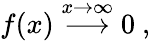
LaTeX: f(x)\stackrel{x\rightarrow\infty}{\longrightarrow}0\ ,